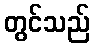
တွင်သည်